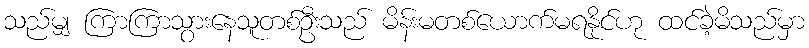
သည်မျှ ကြာကြာသွားနေသူတစ်ဦးသည် မိန်းမတစ်ယောက်မရနိုင်ဟု ထင်ခဲ့မိသည်မှာ